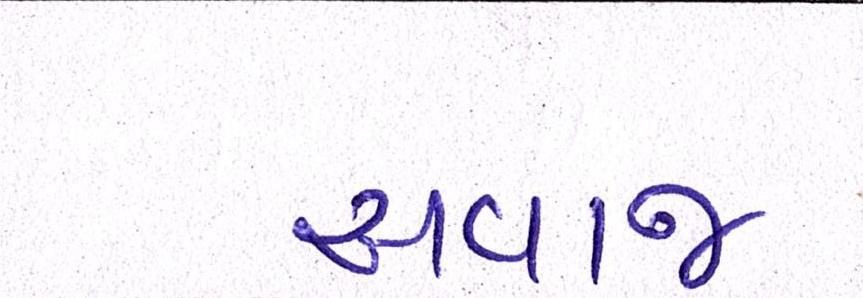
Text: અવાજ